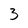
Character: 3